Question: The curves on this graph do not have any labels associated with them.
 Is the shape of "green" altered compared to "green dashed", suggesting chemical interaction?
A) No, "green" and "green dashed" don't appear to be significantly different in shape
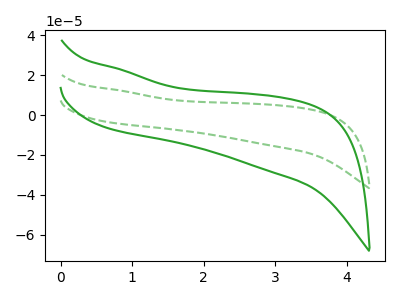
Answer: <think>The green curve "green" has no peaks. The green dashed curve "green dashed" has no peaks.
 Neither "green" or "green dashed" have any peaks.</think>
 <answer>A) No, "green" and "green dashed" don't appear to be significantly different in shape</answer>
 <eval>A</eval>